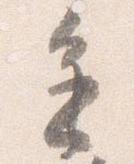
進